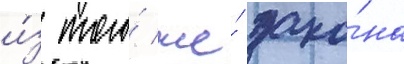
и́з того́ же́ зако́на